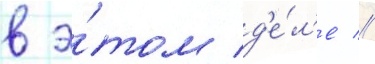
в э́том д'е́л'е //